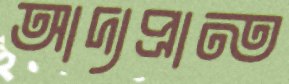
আদ্যপ্রান্ত